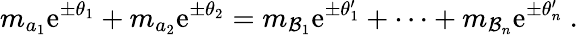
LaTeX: m_{a_{1}}\mathrm{e}^{\pm\theta_{1}}+m_{a_{2}}\mathrm{e}^{\pm\theta_{2}}=m_{\mathcal{B}_{1}}\mathrm{e}^{\pm\theta_{1}^{\prime}}+\dots+m_{\mathcal{B}_{n}}\mathrm{e}^{\pm\theta_{n}^{\prime}}~.